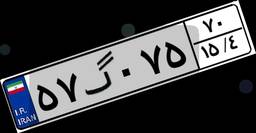
۱۸گ۰۴۴۳۶